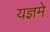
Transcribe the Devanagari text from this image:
यज्ञमे